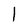
Character: l